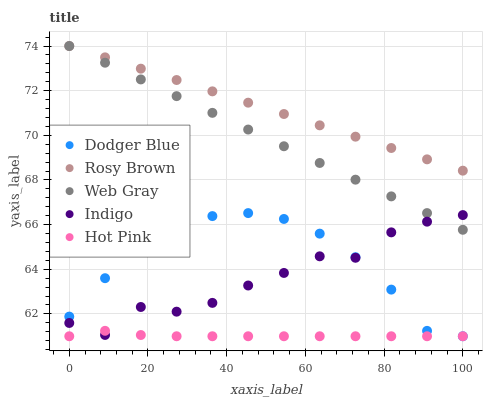
| xaxis_label | Dodger Blue | Rosy Brown | Web Gray | Indigo | Hot Pink |
 | --- | --- | --- | --- | --- | --- |
 | 0 | 61.9 | 74 | 74 | 61.6 | 61 |
 | 9.09 | 63.6 | 73.5 | 73.3 | 61.1 | 61.2 |
 | 18.2 | 64.9 | 73 | 72.5 | 62.3 | 61.1 |
 | 27.3 | 65.9 | 72.5 | 71.8 | 62.1 | 61 |
 | 36.4 | 66.4 | 72 | 71 | 62.5 | 61 |
 | 45.5 | 66.5 | 71.5 | 70.3 | 63.3 | 61 |
 | 54.5 | 66.3 | 71 | 69.5 | 63.8 | 61 |
 | 63.6 | 65.6 | 70.4 | 68.8 | 64.6 | 61 |
 | 72.7 | 64.5 | 69.9 | 68 | 64.5 | 61 |
 | 81.8 | 63.1 | 69.4 | 67.3 | 65.7 | 61 |
 | 90.9 | 61.2 | 68.9 | 66.5 | 66.1 | 61 |
 | 100 | 61 | 68.4 | 65.8 | 66.4 | 61 |